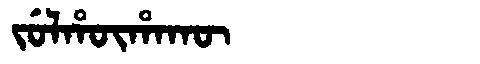
Manchu: ᠵᡠᠯᡥᡡᡥᠠᡴᡡ
Romanization: JULHŪHAKŪ